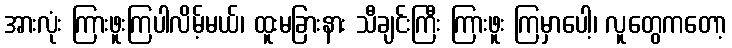
အားလုံး ကြားဖူးကြပါလိမ့်မယ်၊ ထူးမခြားနား သီချင်းကြီး ကြားဖူး ကြမှာပေါ့၊ လူတွေကတော့